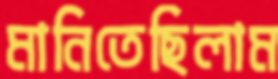
মানিতেছিলাম